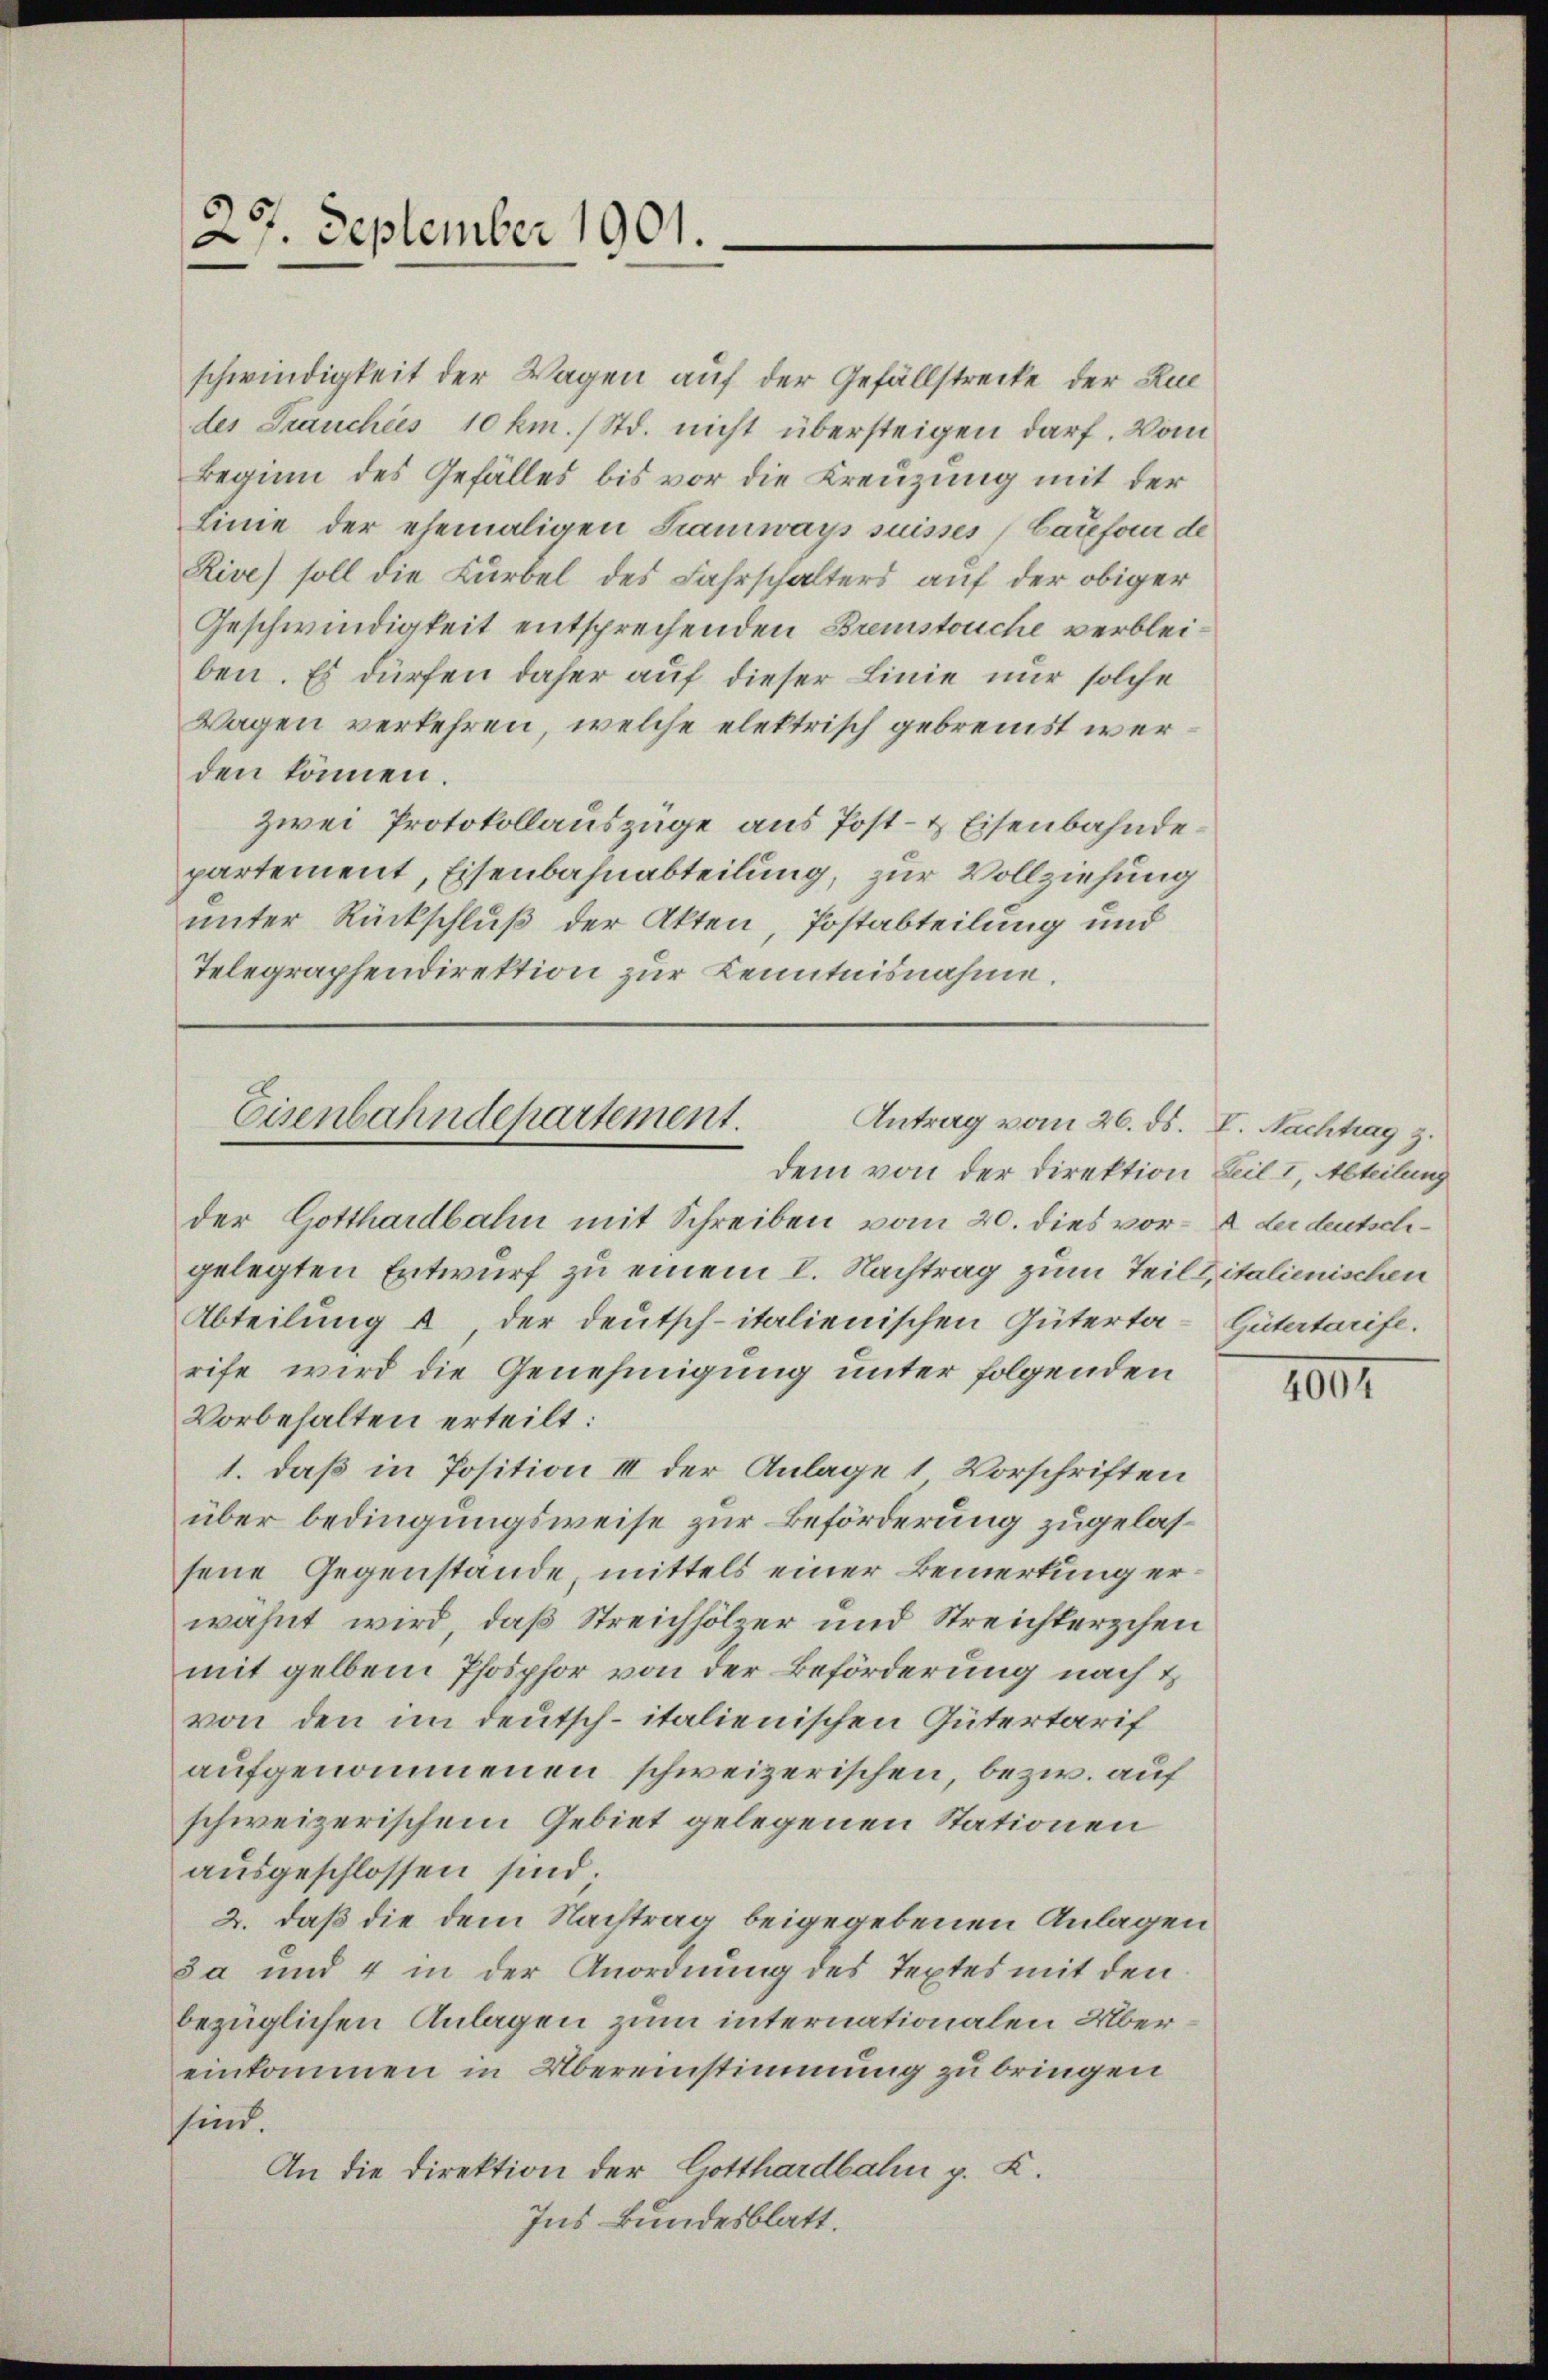
29. September 1901.

schwindigkeit der Wagen auf der Gefällstrecke der Ruc
des Frauches 10 km. / Std. nicht übersteigen darf. Vom
Beginn des Gefälles bis vor die Kreuzung mit der
Linie der ehemaligen Kramways suisses (Careform de
Rive) soll die Kurbel des Fahrschalters auf der obiger
Geschwindigkeit entsprechenden Bremstouche verbleiben. Es dürfen daher auf dieser Linie nur solche
Wagen verkehren, welche elektrisch gebremst werden können.
zwei Protokollauszüge aus Post- & Eisenbahnde.
partement, Eisenbahnabteilung, zur Vollziehung
unter Rückschluß der Akten, Postabteilung und
Telegraphendirektion zur Kenntnisnahme.

Eisenbahndepartement.
Antrag vom 26. ds. V. Nachtrag z.

der Gotthardbahn mit Schreiben vom 20. dies vor der deutschgelegten Entwurf zu einem I. Nachtrag zum Teilzitalienischen
Abteilung u der deutsch-italienischen Güterta-Gütertarife.
rife wird die Genehmigung unter folgenden
Vorbehalten erteilt:
1. daß in Position III der Anlage 1 Vorschriften
über bedingungsweise zur Beförderung zugelassene Gegenstände, mittels einer Bemerkung erwähnt wird, daß Streichhölzer und Streichterschen
mit gelben Phosphor von der Beförderung nach &
von den im deutsch-italienischen Gütertarif
aufgenommenen schweizerischen, bezw. auf
schweizerischem Gebiet gelegenen Stationen
aŭsgeschlossen sind;
2. daß die dem Nachtrag beigegebenen Anlagen
Ja und 4 in der Anordnung des Textes mit den
bezüglichen Anlagen zum internationalen Übereinkommen in Übereinstimmung zu bringen
sind.
An die Direktion der Gotthardbahn p. K.
Ins Bundesblatt.

dem von der Direktion Beil. I, Abteilung

1091.